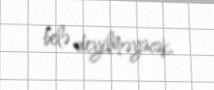
belə deyilməyəcək.